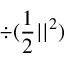
\div ( \frac { 1 } { 2 } | \u | ^ { 2 } )